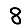
Digit: 8